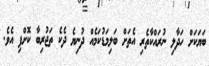
ބަޔަކަށް ހަދާލި ނުރައްކާތެރި އެތަށް ބަލިމަޑުކަމެއް ދުނިޔެ ދެކެ ތަޖުރިބާ ކޮށްފި އެވެ.